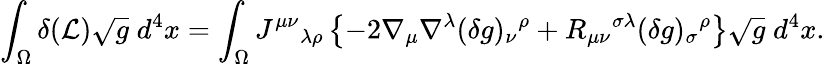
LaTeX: \int_{\Omega}\delta({\cal L})\sqrt{g}\; d^{4}x=\int_{\Omega}J^{\mu\nu}{}_{\lambda\rho}\left\{ -2\nabla_{\mu}\nabla^{\lambda}(\delta g)_{\nu}{}^{\rho}+R_{\mu\nu}{}^{\sigma\lambda}(\delta g)_{\sigma}{}^{\rho}\right\} \sqrt{g}\; d^{4}x.